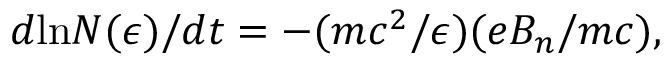
d \mathrm { l n } N ( \epsilon ) / d t = - ( m c ^ { 2 } / \epsilon ) ( e B _ { n } / m c ) ,